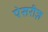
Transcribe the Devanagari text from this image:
पेसरीज़